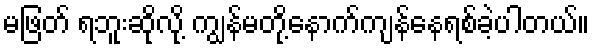
မဖြတ် ရဘူးဆိုလို့ ကျွန်မတို့နောက်ကျန်နေရစ်ခဲ့ပါတယ်။